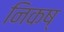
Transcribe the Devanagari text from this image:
निकष्